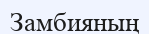
Замбияның